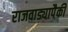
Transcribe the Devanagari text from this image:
राजवाड्यापैकी